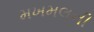
મખમલની